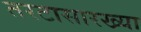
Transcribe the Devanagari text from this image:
तरटासारख्या